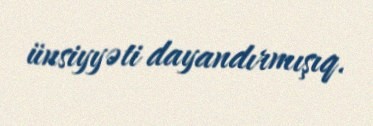
ünsiyyəti dayandırmışıq.